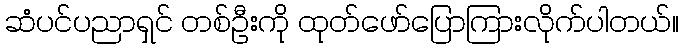
ဆံပင်ပညာရှင် တစ်ဦးကို ထုတ်ဖော်ပြောကြားလိုက်ပါတယ်။